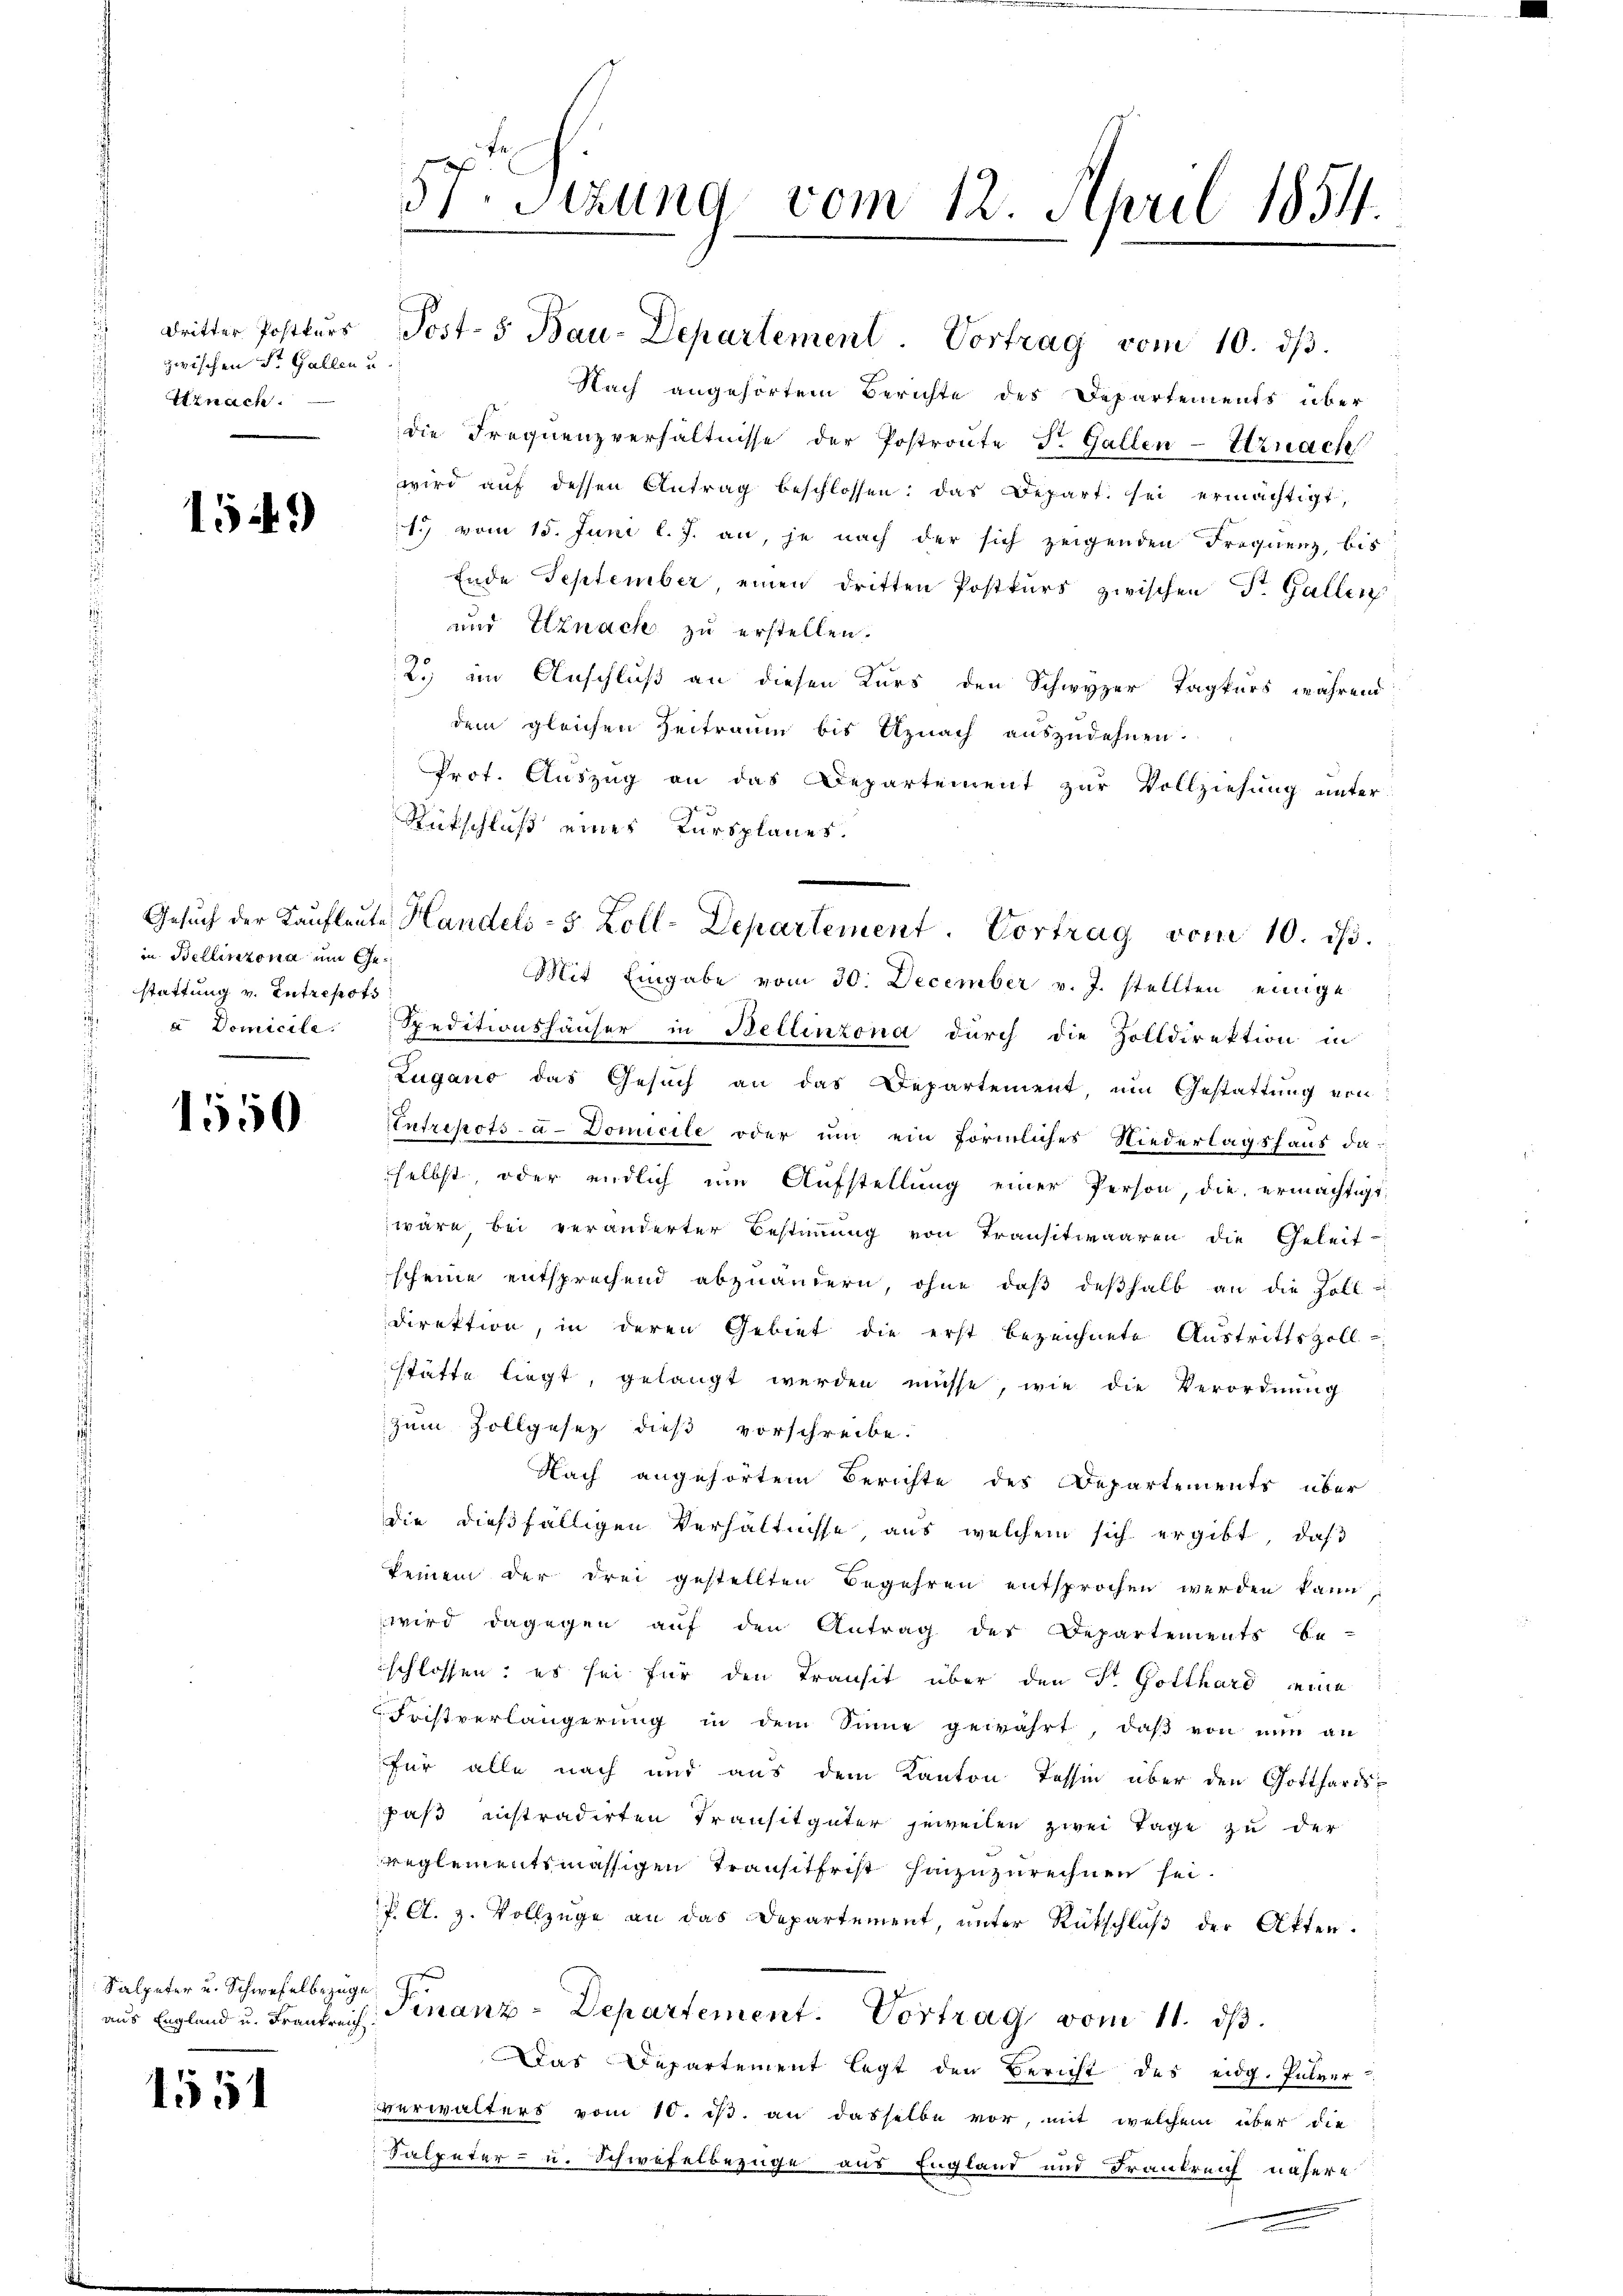
dritter Postkurs
zwischen St. Gallen u
Uznach.

1549

1550

Kalpeter u. Schwefelbezuge

1551

57. Setzung vom 12. April 1854.

in Bellinzona um Gestattung v. Intrepots
a Domicile.

Post- 5. Bau-Departement. Vortrag vom 10. dβ.
die Frequenzverhältnisse der Postronte Dr. Gallen-Urnach
wird aŭf dessen Antrag beschlossen: das Depart sei ermächtigt,
1. vom 15. Juni l. J. an, je nach der sich zeigenden Froquenz, bis
Ende September einen dritten Postkurs zwischen Dr. Gallen:
und Etznach zu erstellen.
2) im Anschluß an diesen Kurs den Schwyzer Tagkurs während
dem gleichen Zeitraum bis Uznach auszudehnen.
Prot. Auszug an das Departement zur Vollziehung unter
e
Rütschluß eines Kursplanes.
Mit Eingabe vom 30. December v. J. stellten einige
Speditionshäuser in Bellinzona durch die Zolldirektion in
Zugano das Gesuch an das Departement, um Gestattung von
Entrepots a. Domicile oder um ein förmliches Niederlagshaus daselbst, oder endlich um Aufstellung einer Person, die ermächtigt.
wäre, bei veränderter Bestimmung von Transitwaaren die Geleit-
scheine entsprechend abzuändern, ohne daß deßhalb an die Zoll-
direktion, in deren Gebiet die erst bezeichnete Austrittszoll-
stätte liegt, gelangt werden müsse, wie die Verordnung
zum Zollgesez dieß vorschreibe.
Nach angehörtem Berichte des Departements über
die dießfälligen Verhältnisse aus welchem sich ergibt, daß
keinem der drei gestellten Begehren entsprochen werden kann
wird dagegen auf den Antrag der Departements be-
schlossen; es sei für den Transit über den Fr. Gotthard eine
Fristverlängerung in dem Sinne gewährt, daβ von nun an
für alle nach und aus dem Kanton Tessin über den Gotthardspaß instradirten Transitgüter jeweilen zwei Tage zu der
reglementsmässigen Transitfrist hinzuzurechnen sei.
P. A. H. Vollzüge an das Departement, unter Rückschluß der Akten.
x
f
aus England u. Frankreich Finanz-Departement. Vortrag vom 11. ds.
Das Departement legt den Bericht des eidg. Pulver
verwalters vom 10. ist. an dasselbe vor, mit welchem über die
Falpeter- u. Schwefelbezüge aus England und Frankreich nähere

Nach angehörtem Berichte des Departements über

Gesuch der Kaufleute Handels- 5 Zoll-Departement. Vortrag vom 10. ds.